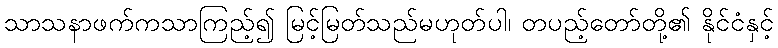
သာသနာဖက်ကသာကြည့်၍ မြင့်မြတ်သည်မဟုတ်ပါ၊ တပည့်တော်တို့၏ နိုင်ငံနှင့်